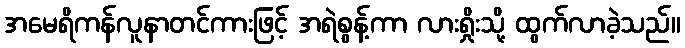
အမေရိကန်လူနာတင်ကားဖြင့် အရဲစွန့်ကာ လားရှိုးသို့ ထွက်လာခဲ့သည်။